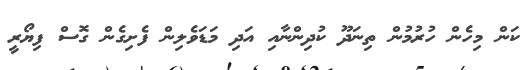
ކަން މިހެން ހުރުމުން ތިނަދޫ ކުދިންނާއި އަދި މަޑަވެލިން ފެށިގެން ގޮސް ފިޔޯރީ